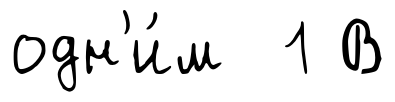
одн'и́м 1 В